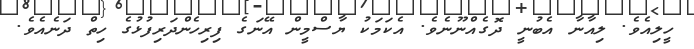
ހީލިއެވެ. ލިއާނާ އެބުނީ ދޮގެއްނޫނެވެ. އެކަމަކު ޔާސްމީން އޭނަގެ ފިރިހެންދަރިފުޅުގެ ހިތް ދަނެއެވެ.